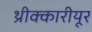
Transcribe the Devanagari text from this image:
थ्रीक्कारीयूर